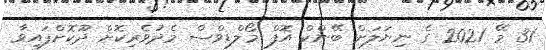
31 މޭ 2021 ގެ ނިޔަލަށް ބޭންކް އޮފް މޯލްޑިވްސް މެދުވެރިކޮށް ދޫކޮށްފައިވާ